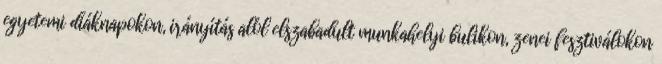
egyetemi diáknapokon, irányítás alól elszabadult munkahelyi bulikon, zenei fesztiválokon